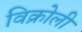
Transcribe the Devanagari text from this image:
विक्रोली